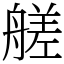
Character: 艖